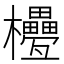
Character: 𣡟